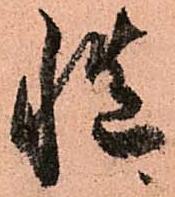
慥